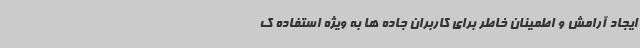
ایجاد آرامش و اطمینان خاطر برای کاربران جاده ها به ویژه استفاده ک